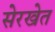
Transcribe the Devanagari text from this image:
सेरखेत